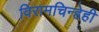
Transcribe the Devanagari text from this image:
विरामचिन्हेही